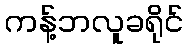
ကန့်ဘလူခရိုင်